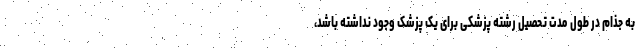
به جذام در طول مدت تحصیل رشته پزشکی برای یک پزشک وجود نداشته باشد،